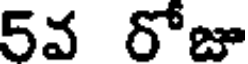
5వ రోజూ